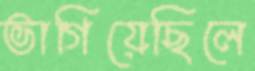
ভাগিয়েছিলে